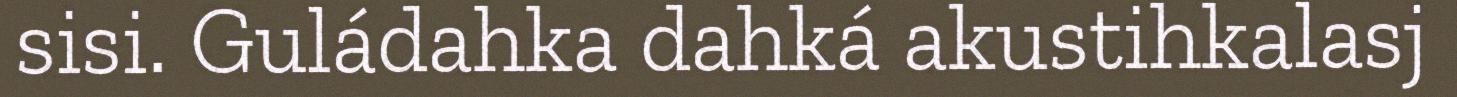
sisi. Guládahka dahká akustihkalasj